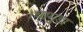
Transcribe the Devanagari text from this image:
।चामुंडा